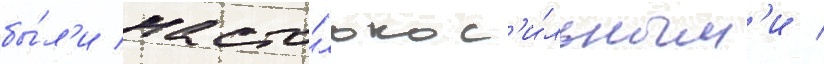
бы́л'и насто́лько с'и́льным'и /